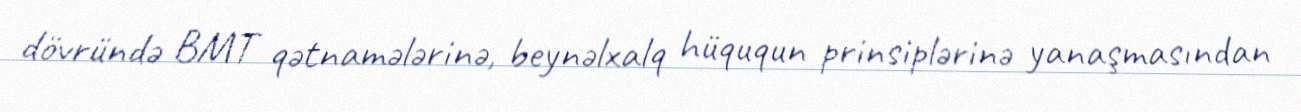
dövründə BMT qətnamələrinə, beynəlxalq hüququn prinsiplərinə yanaşmasından